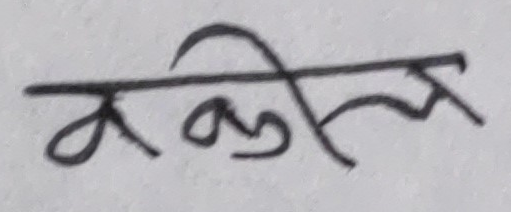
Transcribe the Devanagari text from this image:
वकील